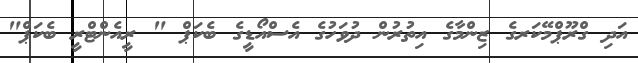
އަދި ގްރޫޕްމޭކަރގެ ޒިންމާގެ އިތުރުން ދުވަހުގެ އެސްއޯޑީގެ ބެކަޕް " ރީއެންޓްރީ ބެކަޕް"